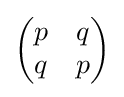
{\begin{pmatrix}p&q\\q&p\end{pmatrix}}